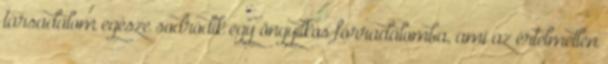
társadalom egé­sze sodródik egy öngyilkos forradalom­ba, ami az értel­metlen